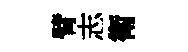
臂志衛